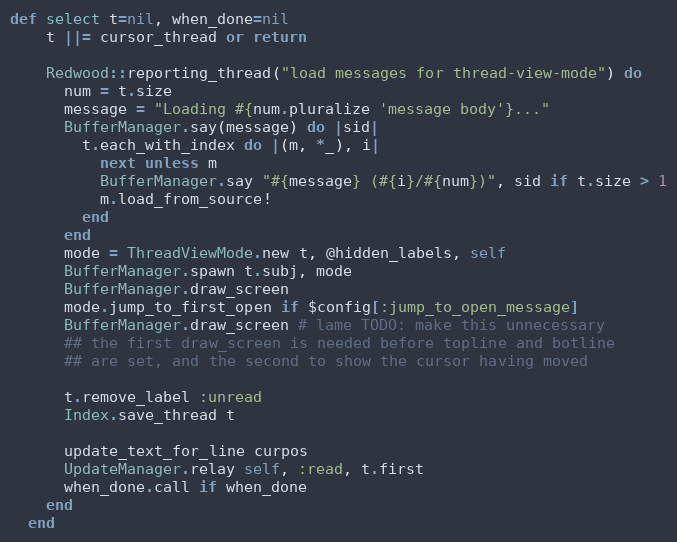
Language: Ruby
def select t=nil, when_done=nil
    t ||= cursor_thread or return

    Redwood::reporting_thread("load messages for thread-view-mode") do
      num = t.size
      message = "Loading #{num.pluralize 'message body'}..."
      BufferManager.say(message) do |sid|
        t.each_with_index do |(m, *_), i|
          next unless m
          BufferManager.say "#{message} (#{i}/#{num})", sid if t.size > 1
          m.load_from_source!
        end
      end
      mode = ThreadViewMode.new t, @hidden_labels, self
      BufferManager.spawn t.subj, mode
      BufferManager.draw_screen
      mode.jump_to_first_open if $config[:jump_to_open_message]
      BufferManager.draw_screen # lame TODO: make this unnecessary
      ## the first draw_screen is needed before topline and botline
      ## are set, and the second to show the cursor having moved

      t.remove_label :unread
      Index.save_thread t

      update_text_for_line curpos
      UpdateManager.relay self, :read, t.first
      when_done.call if when_done
    end
  end